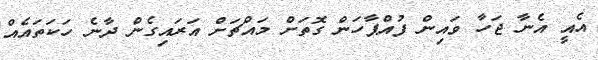
އެއީ އެނާ ޖަހާ ވައިން ފުއްޕާހަން ގޮތަށް މައްޗަށް އަރައިގެން ދާނެ ހަކަތައެއް